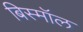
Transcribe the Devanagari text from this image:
बिस्मॉल